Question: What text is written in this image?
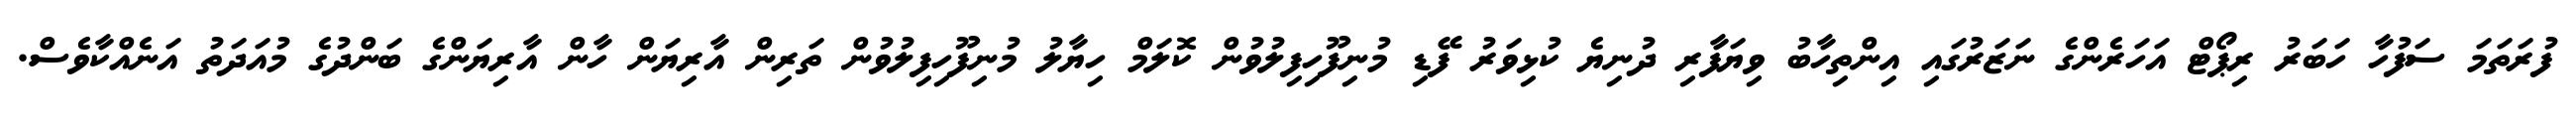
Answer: ފުރަތަމަ ސަފުހާ ހަބަރު ރިޕޯޓް އަހަރެންގެ ނަޒަރުގައި އިންތިހާބު ވިޔަފާރި ދުނިޔެ ކުޅިވަރު ފޭޑި މުނިފޫހިފިލުވުން ކޮލަމް ހިޔާލު މުނިފޫހިފިލުވުން ތަރިން އާރިޔަން ހާން އާރިޔަންގެ ބަންދުގެ މުއަދަތު އަނެއްކާވެސް.